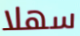
سهلا